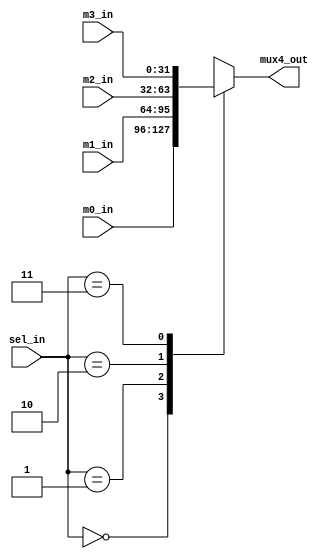
`timescale 1ns/1ns

module mux4(mux4_out,m0_in,m1_in,m2_in,m3_in,sel_in);
   parameter width = 32;
     
   output[width-1:0] mux4_out;//
   input [width-1:0] m0_in;   //0sel_in='b00
   input [width-1:0] m1_in;   //1sel_in='b01
   input [width-1:0] m2_in;   //2sel_in='b10
   input [width-1:0] m3_in;   //3sel_in='b11
   
	input [1:0]       sel_in;  //
   
   reg   [width-1:0] mux4_out;

   always @(*)
      begin
	case(sel_in)
	'b00:mux4_out = m0_in;
	'b01:mux4_out = m1_in;
	'b10:mux4_out = m2_in;
	'b11:mux4_out = m3_in;
	default: mux4_out = 'd0;
	endcase
      end
endmodule